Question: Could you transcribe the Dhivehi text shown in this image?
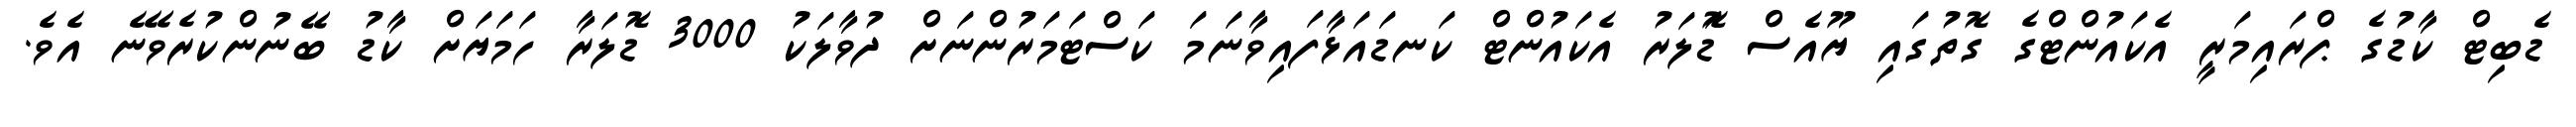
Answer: ޑެބިޓް ކާޑުގެ ޕްރައިމަރީ އެކައުންޓްގެ ގޮތުގައި ޔޫއެސް ޑޮަލަރު އެކައުންޓް ކަނޑައަޅާފައިވާނަމަ ކަސްޓަމަރުންނަށް ދުވާލަކު 3000 ޑޮލަރާ ހަމަޔަށް ކާޑު ބޭނުންކުރެވޭނެ އެވެ.